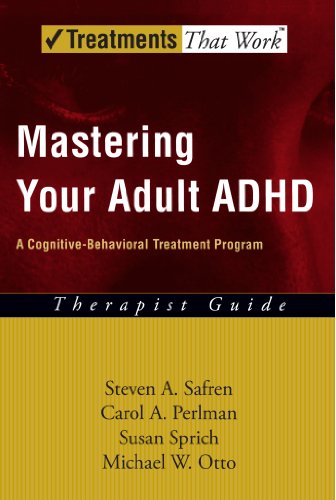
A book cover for Mastering Your Adult ADHD: A Cognitive-Behavioral Treatment Program Therapist Guide (Treatments That Work); Steven A. Safren; Parenting & Relationships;